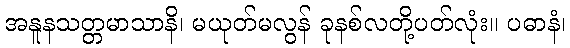
အနူနသတ္တမာသာနိ၊ မယုတ်မလွန် ခုနစ်လတို့ပတ်လုံး။ ပဓာနံ၊